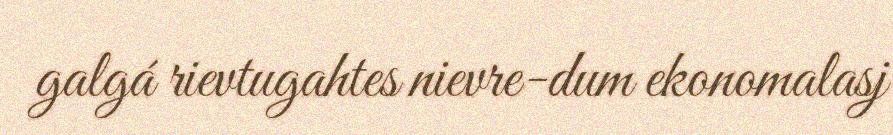
galgá rievtugahtes nievre-dum ekonomalasj